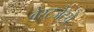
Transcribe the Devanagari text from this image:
वेस्टजेटचे